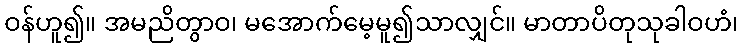
ဝန်ဟူ၍။ အမညိတွာဝ၊ မအောက်မေ့မူ၍သာလျှင်။ မာတာပိတုသုခါဝဟံ၊